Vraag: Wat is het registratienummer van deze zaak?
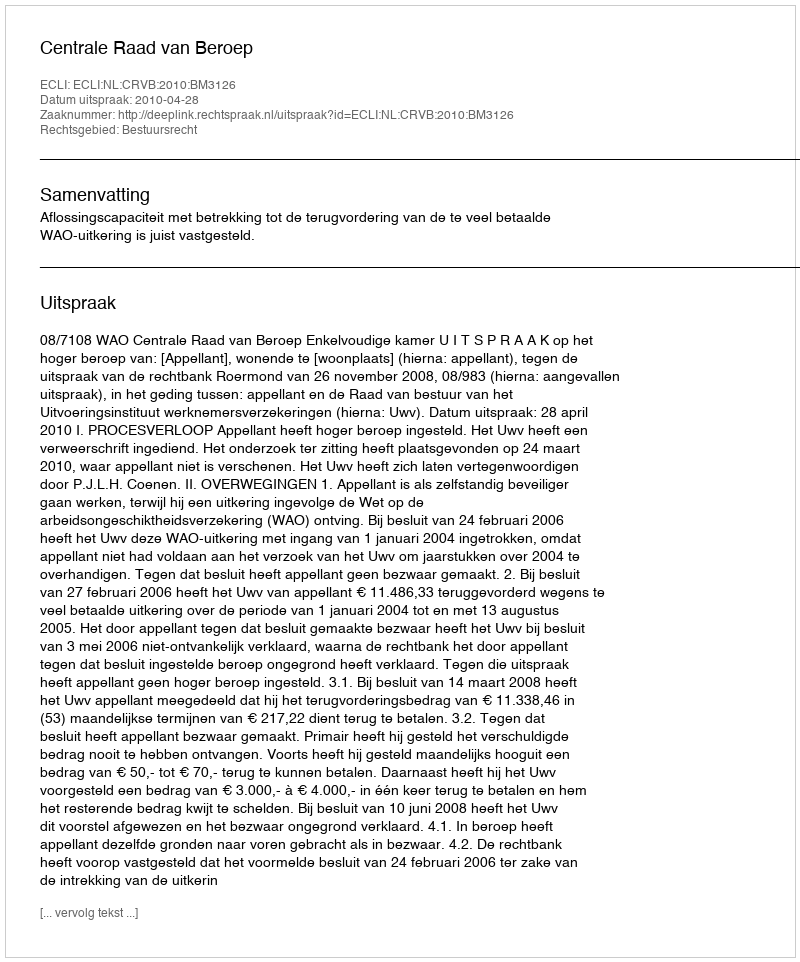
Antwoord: http://deeplink.rechtspraak.nl/uitspraak?id=ECLI:NL:CRVB:2010:BM3126